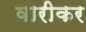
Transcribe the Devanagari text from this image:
वारीकर